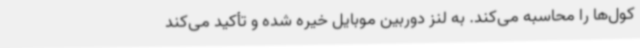
کول‌ها را محاسبه می‌کند. به لنز دوربین موبایل خیره شده و تأکید می‌کند